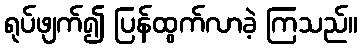
ရုပ်ဖျက်၍ ပြန်ထွက်လာခဲ့ ကြသည်။